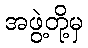
အဖွဲ့တို့မှ